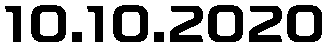
10.10.2020